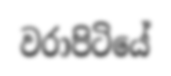
වරාපිටියේ